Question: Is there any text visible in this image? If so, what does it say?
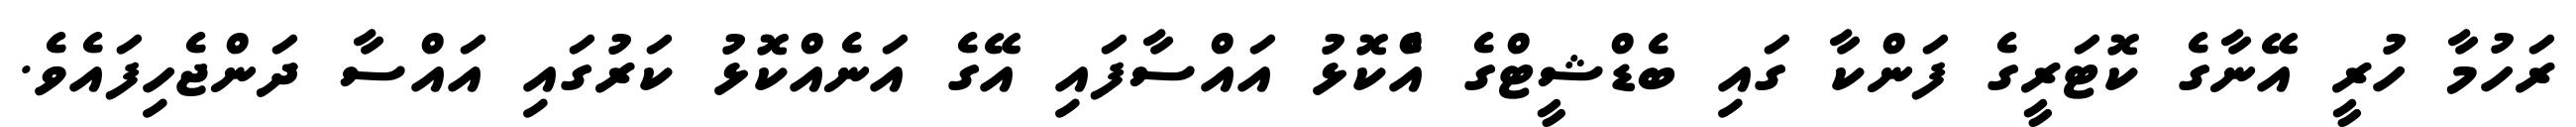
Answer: ރަހުމާ ހުރީ އޭނާގެ ކޮޓަރީގެ ފަންކާ ގައި ބެޑްޝީޓްގެ އެްކޮޅު އައްސާފައި އޭގެ އަނެއްކޮޅު ކަރުގައި އައްސާ ދަންޖެހިފައެވެ.